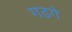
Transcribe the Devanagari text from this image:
गढगे